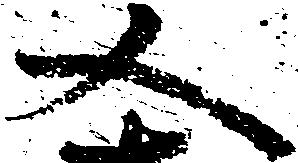
又